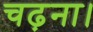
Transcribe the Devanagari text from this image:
चढ़ना।